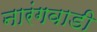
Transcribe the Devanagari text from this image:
नारंगवाडी